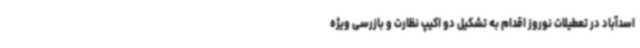
اسدآباد در تعطیلات نوروز اقدام به تشکیل دو اکیپ نظارت و بازرسی ویژه